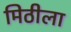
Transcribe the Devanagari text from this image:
मिठीला